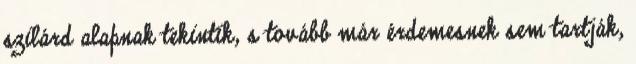
szilárd alapnak tekintik, s tovább már érdemesnek sem tartják,